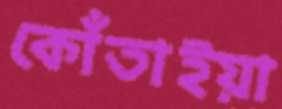
কোঁতাইয়া